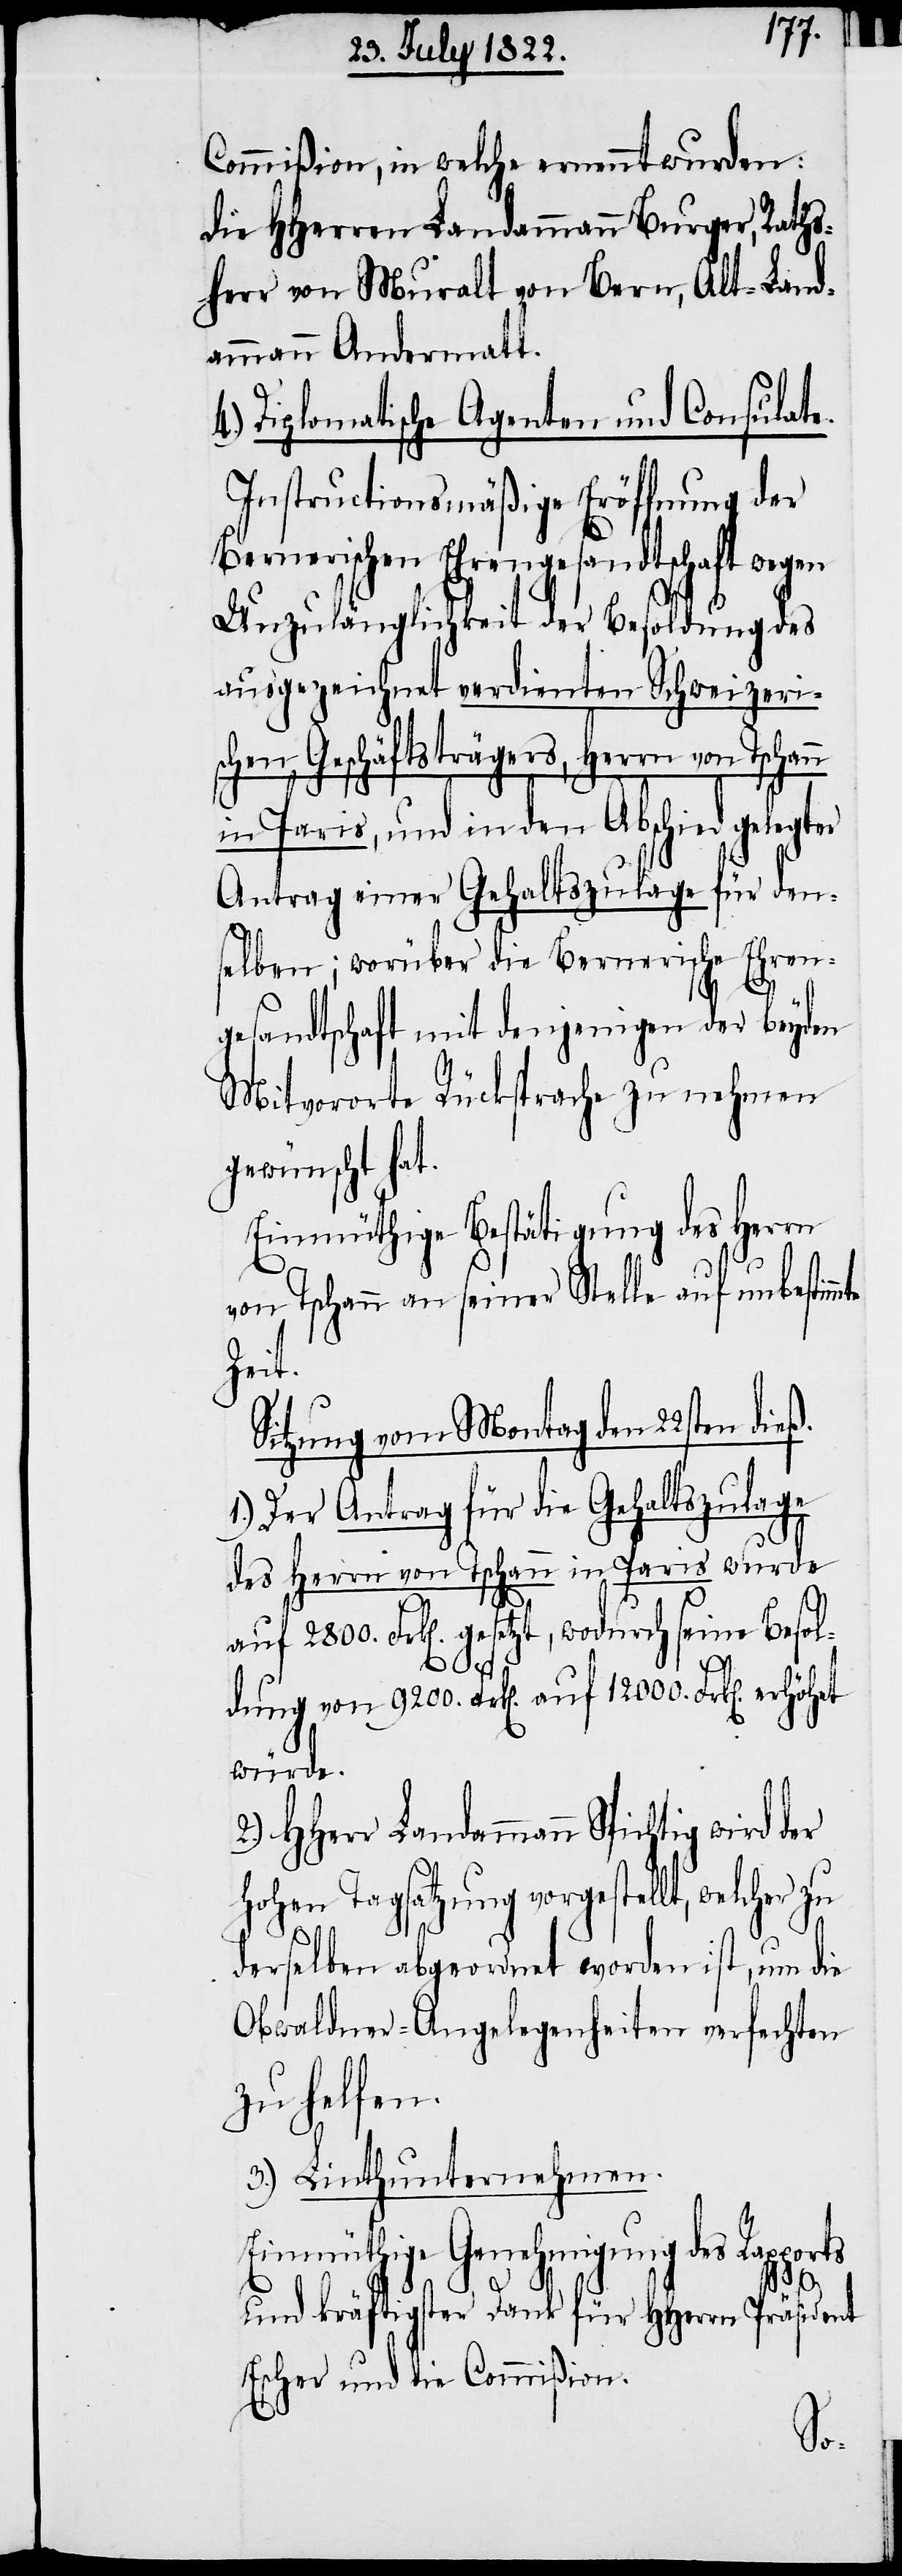
Commißion, in welche ernennt wurden:
die HHerren Landammann Burger, Raths¬
herr von Muralt von Bern, Alt-Land¬
ammann Andermatt.
Diplomatische Agenten und Consulate.
Instructionsmäßige Eröffnung der
Bernischen Ehrengesandtschaft wegen
Unzulänglichkeit der Besoldung des
ausgezeichnet verdienten Schweizeris¬
chen Geschäftsträgers, Herrn von
in Paris, und in den Abschied gelegter
Antrag einer Gehaltszulage für den¬
selben; worüber die Bernerische Ehren¬
gesandtschaft mit denjenigen der beyden
Mitvororte Rücksprache zu nehmen
gewünscht hat.
Einmüthige Bestätigung des Herrn
von Tschann an seiner Stelle auf unbestim¬
Zeit.
Sitzung vom Montag den 22sten dieß.
Der Antrag für die Gehaltszulage
des Herrn von Tschann in Paris wurde
auf 2800. Frk[en] gesetzt, wodurch seine Besol¬
ts
mte
dung von 9200. Frk[en] auf 12000. Frk[en] erhöhet
würde.
HHerr Landammann Spichtig wird der
Hohen Tagsatzung vorgestellt, welcher
derselben abgeordnet worden ist, um die
Obwaldner-Angelegenheiten verfechten
zu helfen.
3.) Linthunternehmen.
Einmüthige Genehmigung des Rappor¬
und kräftigster Dank für HHerren Präsident
Escher und die Commißion.